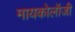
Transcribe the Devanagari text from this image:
मायकोलॉजी